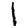
Digit: 1